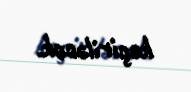
keçiriləcək.